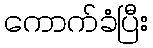
ကောက်ခံပြီး